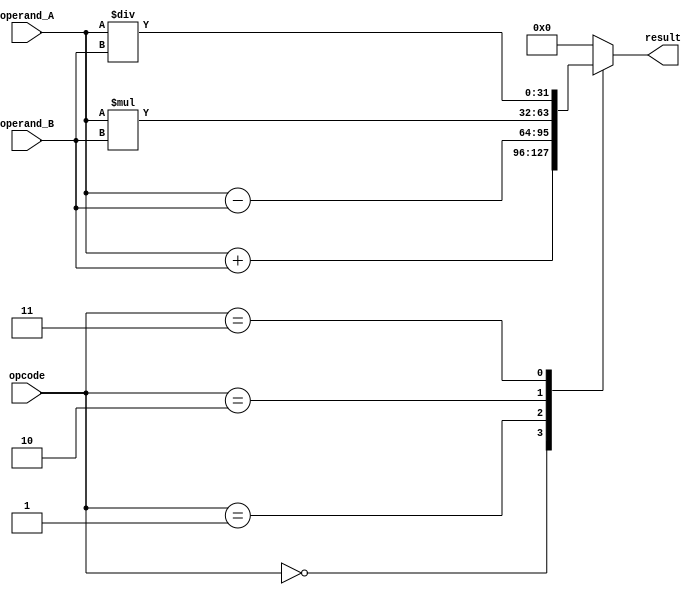
module Complex_ALU (
    input wire [31:0] operand_A,
    input wire [31:0] operand_B,
    input wire [2:0] opcode,
    output reg [31:0] result
);

reg [31:0] add_result, sub_result, mul_result, div_result;

always @* begin
    case (opcode)
        3'b000: begin // Addition
            add_result = operand_A + operand_B;
            result = add_result;
        end
        3'b001: begin // Subtraction
            sub_result = operand_A - operand_B;
            result = sub_result;
        end
        3'b010: begin // Multiplication
            mul_result = operand_A * operand_B;
            result = mul_result;
        end
        3'b011: begin // Division
            div_result = operand_A / operand_B;
            result = div_result;
        end
        default: result = 32'b0;
    endcase
end

endmodule